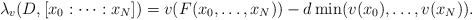
\begin{align*}\lambda_v(D,[x_0:\cdots : x_N]) = v(F(x_0,\ldots,x_N)) - d \min(v(x_0),\ldots, v(x_N)).\end{align*}